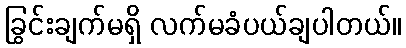
ခြွင်းချက်မရှိ လက်မခံပယ်ချပါတယ်။